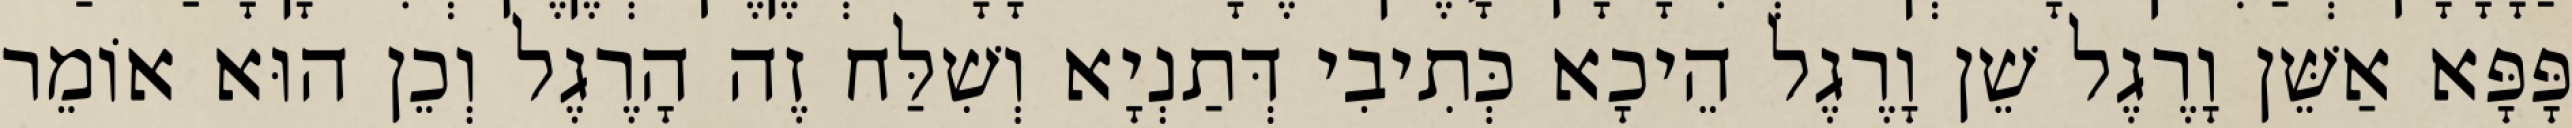
פָּפָּא אַשֵּׁן וָרֶגֶל שֵׁן וָרֶגֶל הֵיכָא כְּתִיבִי דְּתַנְיָא וְשִׁלַּח זֶה הָרֶגֶל וְכֵן הוּא אוֹמֵר